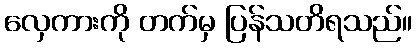
လှေကားကို တက်မှ ပြန်သတိရသည်။